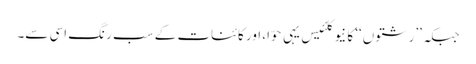
جبکہ ’’رشتوں‘‘ کا نیوکلئیس یہی حوّا، اور کائنات کے سب رنگ اسی سے۔